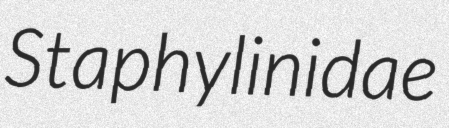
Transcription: Staphylinidae